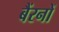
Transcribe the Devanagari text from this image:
बैंरनों